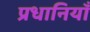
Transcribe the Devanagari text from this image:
प्रधानियाँ